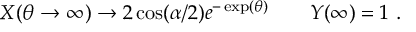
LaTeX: { \cal X } ( \theta \to \infty ) \to 2 \cos ( \alpha / 2 ) e ^ { - \exp ( \theta ) } \qquad { \cal Y } ( \infty ) = 1 \ .